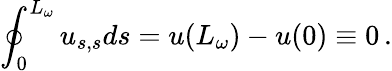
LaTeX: \oint_{0}^{L_{\omega}}u_{s,s}ds=u(L_{\omega})-u(0)\equiv 0\, .